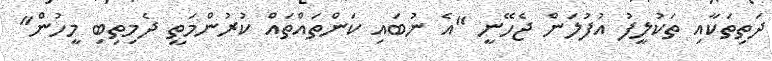
ދަތިތަކާއި ތަކުލީފު އުފުލަން ޖެހޭނީ "އެ ނުބައި ކަންތައްތައް ކުރުންމަތީ ދެމިތިބި މީހުން"